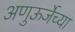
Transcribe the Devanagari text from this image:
अणुऊर्जेच्या